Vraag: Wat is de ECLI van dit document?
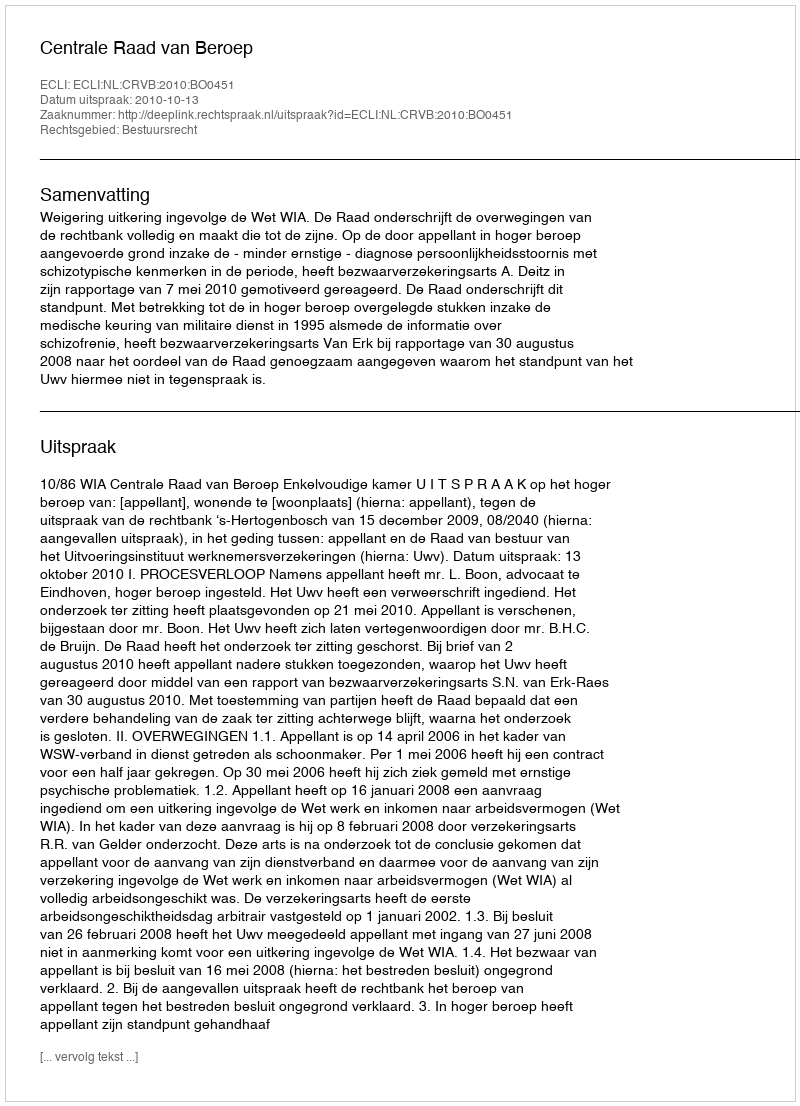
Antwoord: ECLI:NL:CRVB:2010:BO0451